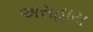
અસહાય